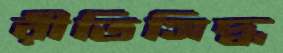
রীতিসিদ্ধ